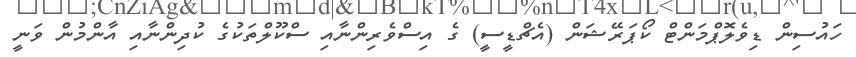
ހައުސިން ޑިވެލޮޕްމަންޓް ކޯޕަރޭޝަން (އެޗްޑީސީ) ގެ އިސްވެރިންނާއި ސްކޫލްތަކުގެ ކުދިންނާއި އާންމުން ވަނީ